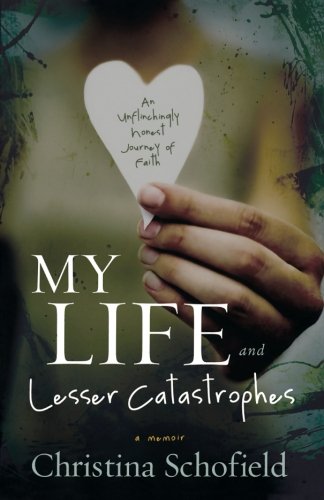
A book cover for My Life and Lesser Catastrophes: An Unflinchingly Honest Journey of Faith; Christina Schofield; Biographies & Memoirs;